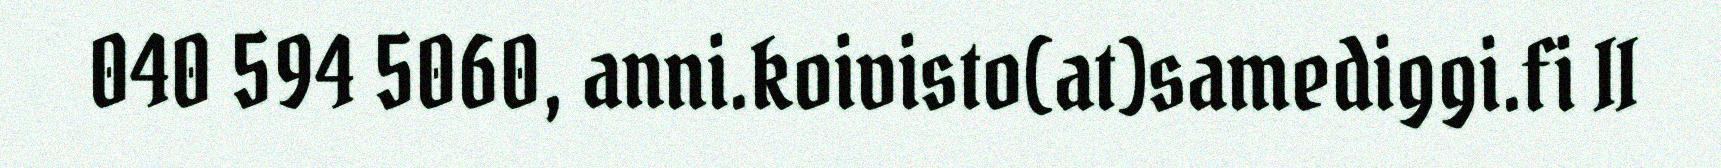
040 594 5060, anni.koivisto(at)samediggi.fi II